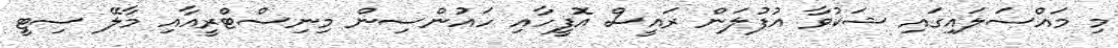
މި މައްސަލައިގައި ޝަކުވާ އުފުލަން ރައީސް އޮފީހާއި ހައުންސިން މިނިސްޓްރީއާއި މާލޭ ސިޓީ